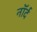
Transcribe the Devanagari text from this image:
नॉर्द